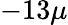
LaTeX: -13\mu